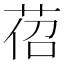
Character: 𦯐